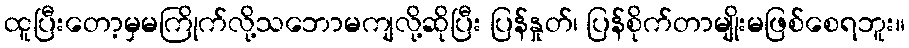
ထူပြီးတော့မှမကြိုက်လို့သဘောမကျလို့ဆိုပြီး ပြန်နှုတ်၊ ပြန်စိုက်တာမျိုးမဖြစ်စေရဘူး။